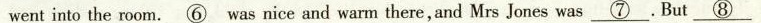
went into the room. \underline{⑥} was nice and warm there, and Mrs Jones was \underline{⑦} .But \underline{⑧}